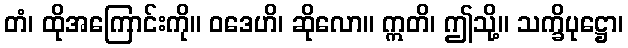
တံ၊ ထိုအကြောင်းကို။ ဝဒေဟိ၊ ဆိုလော။ ဣတိ၊ ဤသို့။ သက္ခိပုဋ္ဌော၊